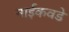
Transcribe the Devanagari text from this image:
नाईकवडे